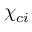
\chi _ { c i }